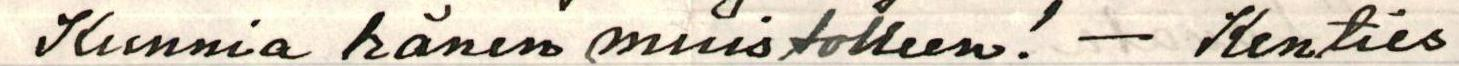
Kunnia hänen muistolleen! - Kenties